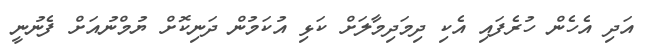
އަދި އެހެން ހުރެފައި އެކި ދިމަދިމާލަށް ކަޅި އުކަމުން ދަނިކޮށް ޔުމްނުއަށް ފެނުނީ